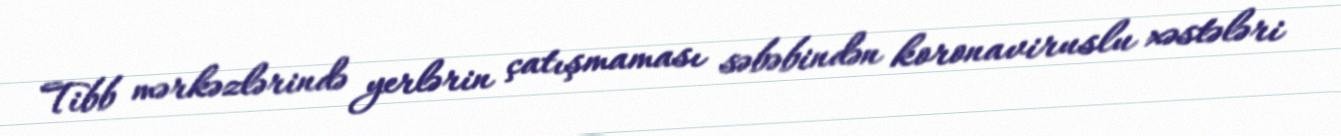
Tibb mərkəzlərində yerlərin çatışmaması səbəbindən koronaviruslu xəstələri